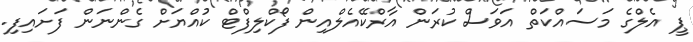
ޕީ އެލްގެ މަސައްކަތް އަވަސް ކުރަން އާރްކޭއެލްއިން ފޯކްލިފްޓް ކުއްޔަށް ގެންނަން ފަށައިފި.